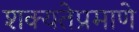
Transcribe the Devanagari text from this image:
शक्यतेप्रमाणे